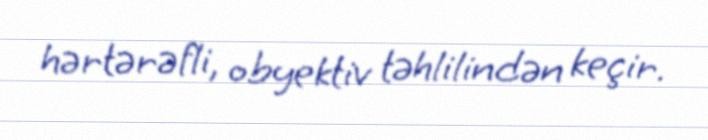
hərtərəfli, obyektiv təhlilindən keçir.